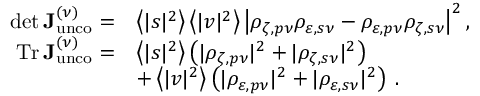
\begin{array} { r l } { \operatorname* { d e t } \mathop { \mathbf { J } _ { \mathrm { u n c o } } ^ { ( \nu ) } } = } & { \left\langle | s | ^ { 2 } \right\rangle \left\langle | v | ^ { 2 } \right\rangle \left| \rho _ { \zeta , p \nu } \rho _ { \varepsilon , s \nu } - \rho _ { \varepsilon , p \nu } \rho _ { \zeta , s \nu } \right| ^ { 2 } , } \\ { \mathrm { T r } \mathop { \mathbf { J } _ { \mathrm { u n c o } } ^ { ( \nu ) } } = } & { \left\langle | s | ^ { 2 } \right\rangle \left( | \rho _ { \zeta , p \nu } | ^ { 2 } + | \rho _ { \zeta , s \nu } | ^ { 2 } \right) } \\ & { + \left\langle | v | ^ { 2 } \right\rangle \left( | \rho _ { \varepsilon , p \nu } | ^ { 2 } + | \rho _ { \varepsilon , s \nu } | ^ { 2 } \right) \: . } \end{array}